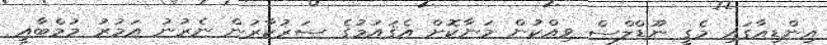
އިންޑިއާގައި މެގީ ނޫޑްލްސް ވިއްކުން މަނާކޮށް އެޤައުމުގެ ސަރުކާރުން ނެރުނު އަމުރު މުމްބާއީ